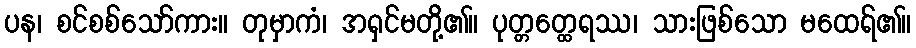
ပန၊ စင်စစ်သော်ကား။ တုမှာကံ၊ အရှင်မတို့၏။ ပုတ္တတ္ထေရဿ၊ သားဖြစ်သော မထေရ်၏။